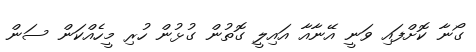
ގޯނާ ކޮށްފައި ވަނީ އޭނާއާ އައިލީ ގޮތުން ގުޅުން ހުރި މީހެއްކަން ސަން